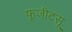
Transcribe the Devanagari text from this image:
फूजीटसू